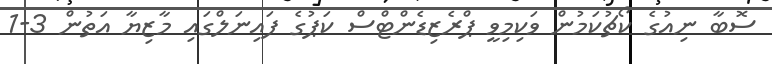
ސޮބާ ނިއުގެ ކޯޗުކަމުން ވަކިމިވީ ޕްރެޒިޑެންޓްސް ކަޕުގެ ފައިނަލްގައި މާޒިޔާ އަތުން 3-1